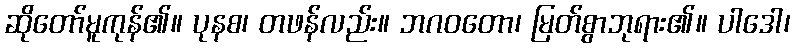
ဆိုတော်မူကုန်၏။ ပုနစ၊ တဖန်လည်း။ ဘဂဝတော၊ မြတ်စွာဘုရား၏။ ပါဒေါ၊